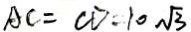
A C = C D = 1 0 \sqrt { 3 }